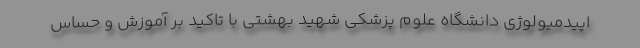
اپیدمیولوژی دانشگاه علوم پزشکی شهید بهشتی با تاکید بر آموزش و حساس